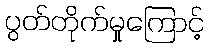
ပွတ်တိုက်မှုကြောင့်